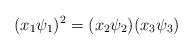
LaTeX: \begin{align*}(x_1 \psi_1)^2 = (x_2\psi_2)(x_3\psi_3)\end{align*}